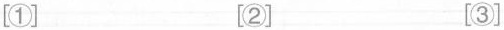
[①] [②] [③]